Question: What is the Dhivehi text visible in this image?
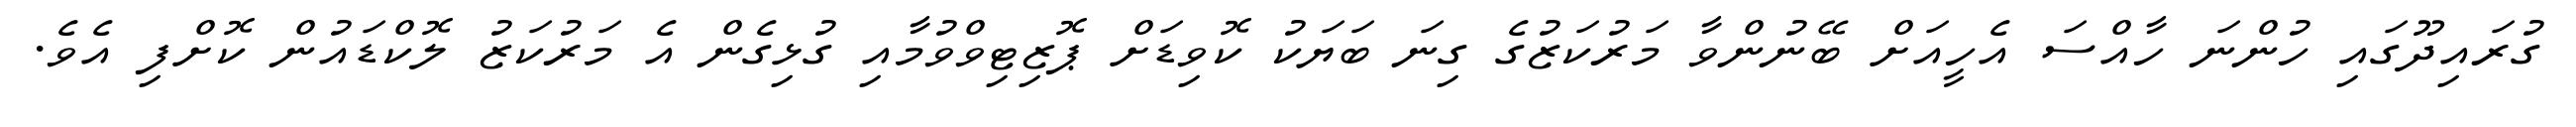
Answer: ގުރައިދޫގައި ހުންނަ ހާއްސަ އެހީއަށް ބޭނުންވާ މަރުކަޒުގެ ގިނަ ބަޔަކު ކޮވިޑަށް ޕޮޒިޓިވްވުމާއި ގުޅިގެން އެ މަރުކަޒު ލޮކްޑައުން ކޮށްފި އެވެ.